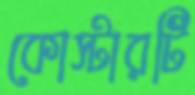
কোস্টারটি